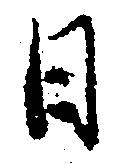
日